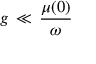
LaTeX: g \, \ll \, { \frac { \mu ( 0 ) } { \omega } }